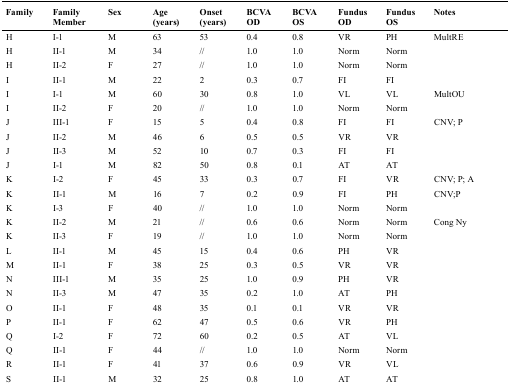
<table><thead><tr><td><b>Family</b></td><td><b>Family Member</b></td><td><b>Sex</b></td><td><b>Age (years)</b></td><td><b>Onset (years)</b></td><td><b>BCVA OD</b></td><td><b>BCVA OS</b></td><td><b>Fundus OD</b></td><td><b>Fundus OS</b></td><td><b>Notes</b></td></tr></thead><tbody><tr><td>H</td><td>I-1</td><td>M</td><td>63</td><td>53</td><td>0.4</td><td>0.8</td><td>VR</td><td>PH</td><td>MultRE</td></tr><tr><td>H</td><td>II-1</td><td>M</td><td>34</td><td>//</td><td>1.0</td><td>1.0</td><td>Norm</td><td>Norm</td><td></td></tr><tr><td>H</td><td>II-2</td><td>F</td><td>27</td><td>//</td><td>1.0</td><td>1.0</td><td>Norm</td><td>Norm</td><td></td></tr><tr><td>I</td><td>II-1</td><td>M</td><td>22</td><td>2</td><td>0.3</td><td>0.7</td><td>FI</td><td>FI</td><td></td></tr><tr><td>I</td><td>I-1</td><td>M</td><td>60</td><td>30</td><td>0.8</td><td>1.0</td><td>VL</td><td>VL</td><td>MultOU</td></tr><tr><td>I</td><td>II-2</td><td>F</td><td>20</td><td>//</td><td>1.0</td><td>1.0</td><td>Norm</td><td>Norm</td><td></td></tr><tr><td>J</td><td>III-1</td><td>F</td><td>15</td><td>5</td><td>0.4</td><td>0.8</td><td>FI</td><td>FI</td><td>CNV; P</td></tr><tr><td>J</td><td>II-2</td><td>M</td><td>46</td><td>6</td><td>0.5</td><td>0.5</td><td>VR</td><td>VR</td><td></td></tr><tr><td>J</td><td>II-3</td><td>M</td><td>52</td><td>10</td><td>0.7</td><td>0.3</td><td>FI</td><td>FI</td><td></td></tr><tr><td>J</td><td>I-1</td><td>M</td><td>82</td><td>50</td><td>0.8</td><td>0.1</td><td>AT</td><td>AT</td><td></td></tr><tr><td>K</td><td>I-2</td><td>F</td><td>45</td><td>33</td><td>0.3</td><td>0.7</td><td>FI</td><td>VR</td><td>CNV; P; A</td></tr><tr><td>K</td><td>II-1</td><td>M</td><td>16</td><td>7</td><td>0.2</td><td>0.9</td><td>FI</td><td>PH</td><td>CNV;P</td></tr><tr><td>K</td><td>I-3</td><td>F</td><td>40</td><td>//</td><td>1.0</td><td>1.0</td><td>Norm</td><td>Norm</td><td></td></tr><tr><td>K</td><td>II-2</td><td>M</td><td>21</td><td>//</td><td>0.6</td><td>0.6</td><td>Norm</td><td>Norm</td><td>Cong Ny</td></tr><tr><td>K</td><td>II-3</td><td>F</td><td>19</td><td>//</td><td>1.0</td><td>1.0</td><td>Norm</td><td>Norm</td><td></td></tr><tr><td>L</td><td>II-1</td><td>M</td><td>45</td><td>15</td><td>0.4</td><td>0.6</td><td>PH</td><td>VR</td><td></td></tr><tr><td>M</td><td>II-1</td><td>F</td><td>38</td><td>25</td><td>0.3</td><td>0.5</td><td>VR</td><td>VR</td><td></td></tr><tr><td>N</td><td>III-1</td><td>M</td><td>35</td><td>25</td><td>1.0</td><td>0.9</td><td>PH</td><td>VR</td><td></td></tr><tr><td>N</td><td>II-3</td><td>M</td><td>47</td><td>35</td><td>0.2</td><td>1.0</td><td>AT</td><td>PH</td><td></td></tr><tr><td>O</td><td>II-1</td><td>F</td><td>48</td><td>35</td><td>0.1</td><td>0.1</td><td>VR</td><td>VR</td><td></td></tr><tr><td>P</td><td>II-1</td><td>F</td><td>62</td><td>47</td><td>0.5</td><td>0.6</td><td>VR</td><td>PH</td><td></td></tr><tr><td>Q</td><td>I-2</td><td>F</td><td>72</td><td>60</td><td>0.2</td><td>0.5</td><td>AT</td><td>VL</td><td></td></tr><tr><td>Q</td><td>II-1</td><td>F</td><td>44</td><td>//</td><td>1.0</td><td>1.0</td><td>Norm</td><td>Norm</td><td></td></tr><tr><td>R</td><td>II-1</td><td>F</td><td>41</td><td>37</td><td>0.6</td><td>0.9</td><td>VR</td><td>VL</td><td></td></tr><tr><td>S</td><td>II-1</td><td>M</td><td>32</td><td>25</td><td>0.8</td><td>1.0</td><td>AT</td><td>AT</td><td></td></tr></tbody></table>